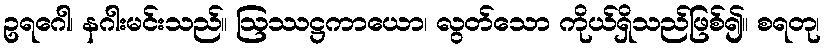
ဥရဂေါ၊ နဂါးမင်းသည်။ ဩဿဋ္ဌကာယော၊ လွတ်သော ကိုယ်ရှိသည်ဖြစ်၍။ စရတု၊